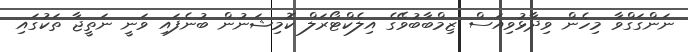
ނަންގަގްވާ މިހެން ވިދާޅުވިއަސް ޒިމްބާބުވޭގެ އިލެކްޓޯރަލް ކޮމިޝަނުން ބުނެފައި ވަނީ ނަތީޖާ ތަކުގައި